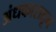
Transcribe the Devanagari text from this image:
अंधकारातून